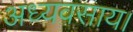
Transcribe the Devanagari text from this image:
अध्यवसाय।